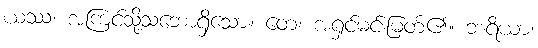
ယဿ၊ အကြင်သို့သဘောရှိသော။ တေ၊ အရှင်မင်းမြတ်၏။ ဘရိယာ၊